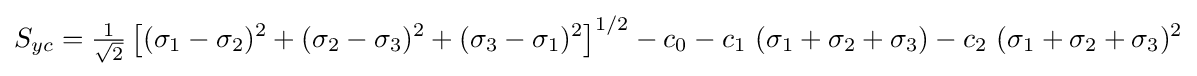
S_{yc}={\tfrac {1}{\sqrt {2}}}\left[(\sigma _{1}-\sigma _{2})^{2}+(\sigma _{2}-\sigma _{3})^{2}+(\sigma _{3}-\sigma _{1})^{2}\right]^{1/2}-c_{0}-c_{1}~(\sigma _{1}+\sigma _{2}+\sigma _{3})-c_{2}~(\sigma _{1}+\sigma _{2}+\sigma _{3})^{2}